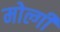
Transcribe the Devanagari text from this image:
मोल्गी